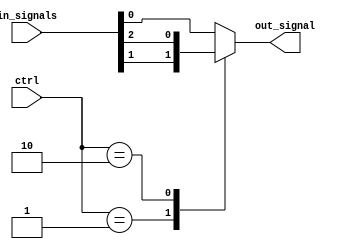
module mux64to1 (
    input wire [63:0] in_signals,
    input wire [5:0] ctrl,
    output reg out_signal
);

always @(*) begin
    case (ctrl)
        6'b000000: out_signal = in_signals[0];
        6'b000001: out_signal = in_signals[1];
        6'b000010: out_signal = in_signals[2];
        // Add cases for all 64 input signals
        default: out_signal = in_signals[0];
    endcase
end

endmodule